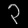
Digit: ၃